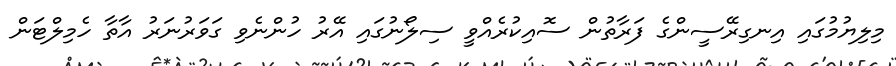
މިލިޔުމުގައި އިނގިރޭސީންގެ ފަރާތުން ސޮއިކުރެއްވީ ސިލޯނުގައި އޭރު ހުންނެވި ގަވަރުނަރު އާތާ ހެމިލްޓަން